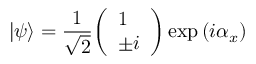
| \psi \rangle = { \frac { 1 } { \sqrt { 2 } } } { \left( \begin{array} { l } { 1 } \\ { \pm i } \end{array} \right) } \exp \left( i \alpha _ { x } \right)